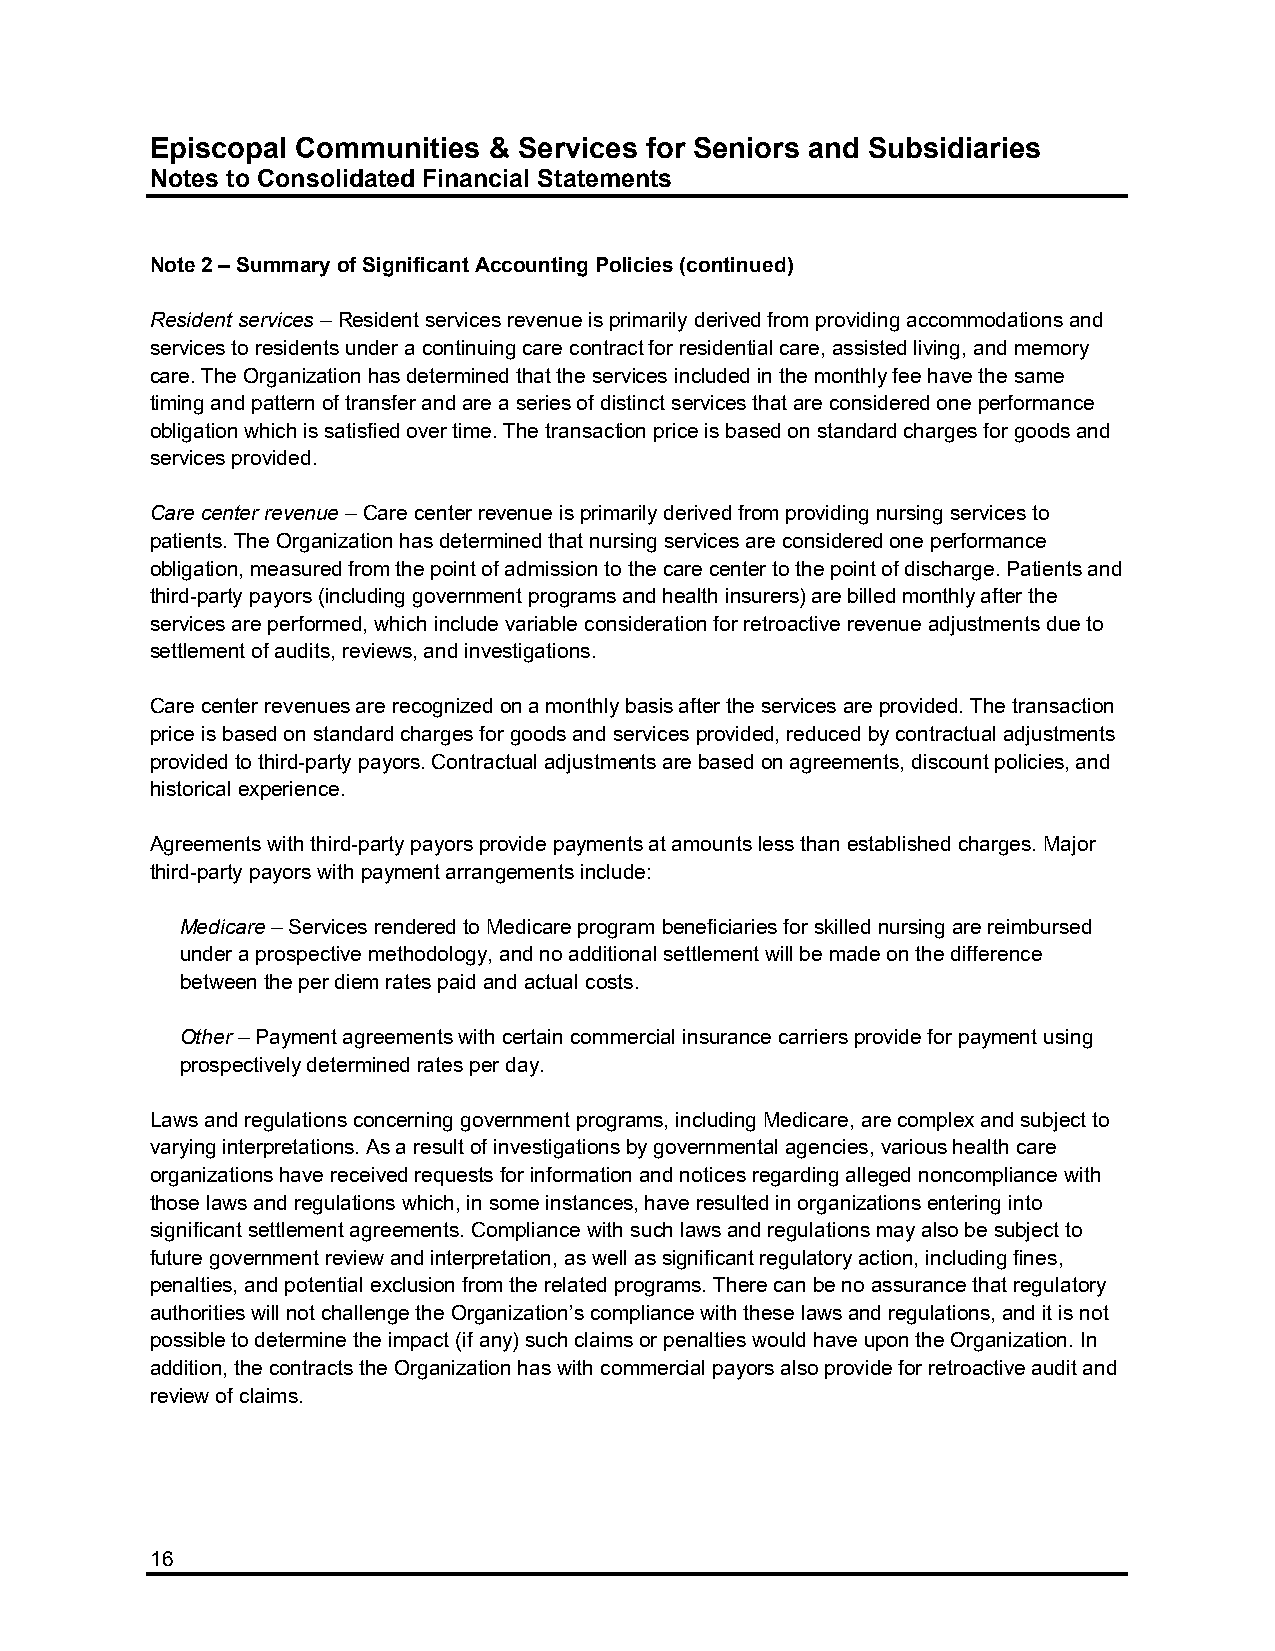
Episcopal Communities & Services for Seniors and Subsidiaries
 Notes to Consolidated Financial Statements
 Note 2 – Summary of Significant Accounting Policies (continued)
 Resident services – Resident services revenue is primarily derived from providing accommodations and
 services to residents under a continuing care contract for residential care, assisted living, and memory
 care. The Organization has determined that the services included in the monthly fee have the same
 timing and pattern of transfer and are a series of distinct services that are considered one performance
 obligation which is satisfied over time. The transaction price is based on standard charges for goods and
 services provided.
 Care center revenue – Care center revenue is primarily derived from providing nursing services to
 patients. The Organization has determined that nursing services are considered one performance
 obligation, measured from the point of admission to the care center to the point of discharge. Patients and
 third-party payors (including government programs and health insurers) are billed monthly after the
 services are performed, which include variable consideration for retroactive revenue adjustments due to
 settlement of audits, reviews, and investigations.
 Care center revenues are recognized on a monthly basis after the services are provided. The transaction
 price is based on standard charges for goods and services provided, reduced by contractual adjustments
 provided to third-party payors. Contractual adjustments are based on agreements, discount policies, and
 historical experience.
 Agreements with third-party payors provide payments at amounts less than established charges. Major
 third-party payors with payment arrangements include:
 Medicare – Services rendered to Medicare program beneficiaries for skilled nursing are reimbursed
 under a prospective methodology, and no additional settlement will be made on the difference
 between the per diem rates paid and actual costs.
 Other – Payment agreements with certain commercial insurance carriers provide for payment using
 prospectively determined rates per day.
 Laws and regulations concerning government programs, including Medicare, are complex and subject to
 varying interpretations. As a result of investigations by governmental agencies, various health care
 organizations have received requests for information and notices regarding alleged noncompliance with
 those laws and regulations which, in some instances, have resulted in organizations entering into
 significant settlement agreements. Compliance with such laws and regulations may also be subject to
 future government review and interpretation, as well as significant regulatory action, including fines,
 penalties, and potential exclusion from the related programs. There can be no assurance that regulatory
 authorities will not challenge the Organization’s compliance with these laws and regulations, and it is not
 possible to determine the impact (if any) such claims or penalties would have upon the Organization. In
 addition, the contracts the Organization has with commercial payors also provide for retroactive audit and
 review of claims.
 16